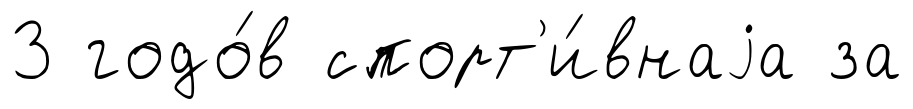
3 годо́в спорт'и́внаjа за